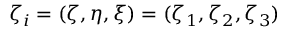
\zeta _ { i } = ( \zeta , \eta , \xi ) = ( \zeta _ { 1 } , \zeta _ { 2 } , \zeta _ { 3 } )